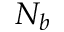
N _ { b }